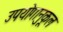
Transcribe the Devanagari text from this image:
उपयोगानुकूल